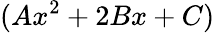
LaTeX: (Ax^{2}+2Bx+C)